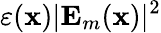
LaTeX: \varepsilon(\mathbf{x})|\mathbf{E}_{m}(\mathbf{x})|^{2}